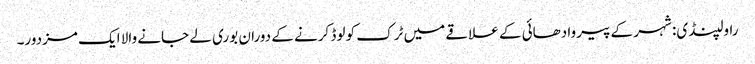
راولپنڈی: شہر کے پیروادھائی کے علاقے میں ٹرک کو لوڈ کرنے کے دوران بوری لے جانے والا ایک مزدور۔